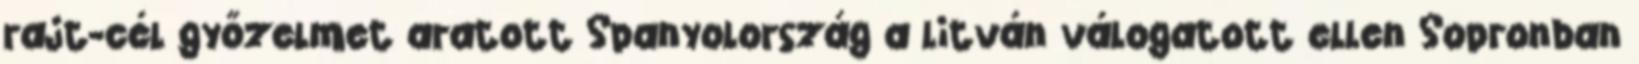
rajt-cél győzelmet aratott Spanyolország a litván válogatott ellen Sopronban